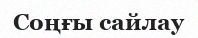
Соңғы сайлау